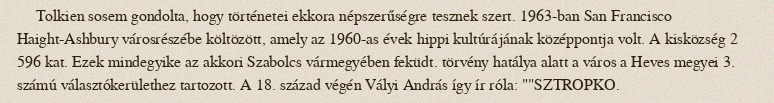
Tolkien sosem gondolta, hogy történetei ekkora népszerűségre tesznek szert. 1963-ban San Francisco Haight-Ashbury városrészébe költözött, amely az 1960-as évek hippi kultúrájának középpontja volt. A kisközség 2 596 kat. Ezek mindegyike az akkori Szabolcs vármegyében feküdt. törvény hatálya alatt a város a Heves megyei 3. számú választókerülethez tartozott. A 18. század végén Vályi András így ír róla: ""SZTROPKO.